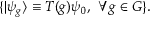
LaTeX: \{ | \psi _ { g } \rangle \equiv T ( g ) \psi _ { 0 } , \ \forall g \in { \cal G } \} .